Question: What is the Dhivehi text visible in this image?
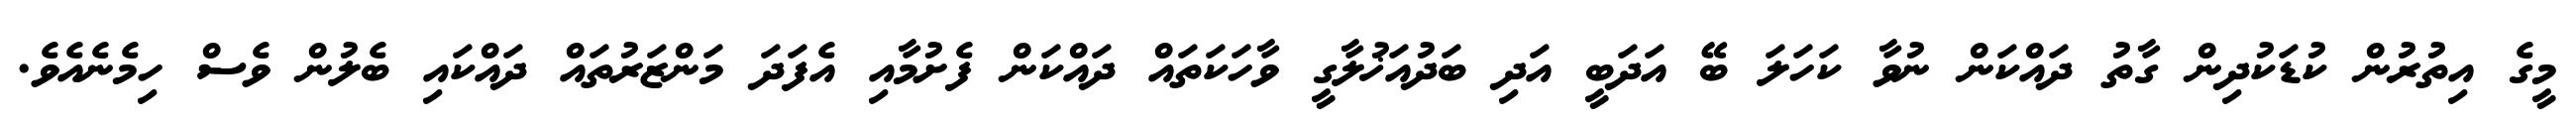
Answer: މީގެ އިތުރުން ކުޑަކުދިން ގާތު ދައްކަން ނުވާ ކަހަލަ ބޭ އަދަބީ އަދި ބަދުއަޚުލާގީ ވާހަކަތައް ދައްކަން ފެށުމާއި އެފަދަ މަންޒަރުތައް ދައްކައި ބެލުން ވެސް ހިމެނެއެވެ.